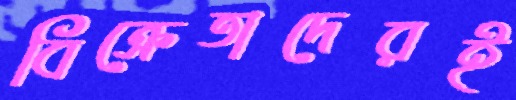
বিক্রেতাদেরই